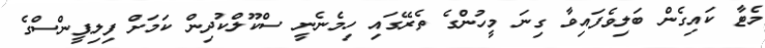
މެޓާ ކައިގެން ބަލިވެފައިވާ ގިނަ މީހުންގެ ތެރޭގައި ހިމެނެނީ ސްކޫލްކުދިން ކަމަށް ފިލިޕީންސްގެ